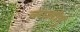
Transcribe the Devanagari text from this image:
काशीषु